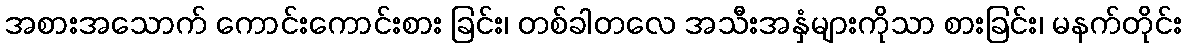
အစားအသောက် ကောင်းကောင်းစား ခြင်း၊ တစ်ခါတလေ အသီးအနှံများကိုသာ စားခြင်း၊ မနက်တိုင်း